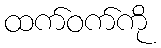
ထက်ဝက်ကို